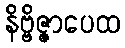
နိဗ္ဗိဇ္ဇာပေထ